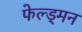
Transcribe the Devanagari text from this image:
फेल्ड्मन